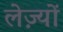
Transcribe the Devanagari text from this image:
लेज़्यों